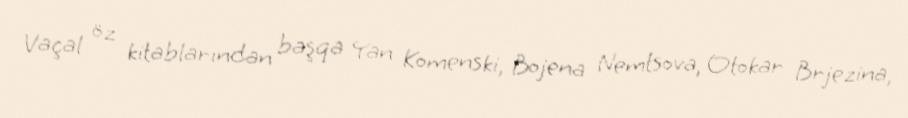
Vaçal öz kitablarından başqa Yan Komenski, Bojena Nemtsova, Otokar Brjezina,